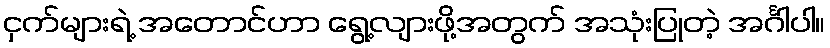
ငှက်များရဲ့ အတောင်ဟာ ရွေ့လျားဖို့အတွက် အသုံးပြုတဲ့ အင်္ဂါပါ။